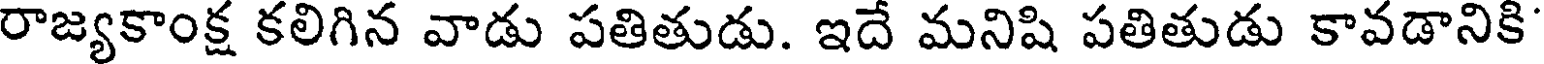
రాజ్యకాంక్ష కలిగిన వాడు పతితుడు. ఇదే మనిషి పతితుడు కావడానికి